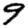
Digit: 9